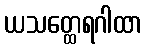
ယသတ္ထေရဂါထာ